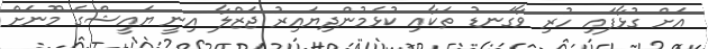
އަށް ގުޅާފައި ހުރި ވާގަނޑު ތަކާއި ކުޅެމުންދިޔައިރު ޖަޒްލާ އިނީ ޔައީޝްގެ މޫނަށް